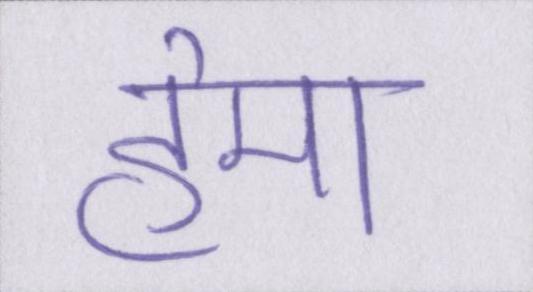
हेमा